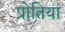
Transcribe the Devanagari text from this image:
प्रोतियां